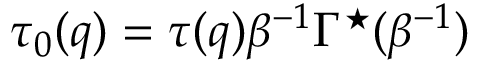
\tau _ { 0 } ( q ) = \tau ( q ) \beta ^ { - 1 } \Gamma ^ { \star } ( \beta ^ { - 1 } )